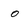
Character: o